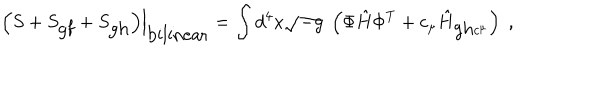
\left. \left( S + S _ { \mathrm { g f } } + S _ { \mathrm { g h } } \right) \right| _ { \mathrm { b i l i n e a r } } = \int d ^ { 4 } x \sqrt { - g } \; \left( { \Phi } \hat { H } { \Phi } ^ { T } + c _ { \mu } \hat { H } _ { \mathrm { g h } c ^ { \mu } } \right) \; ,